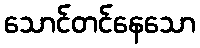
သောင်တင်နေသော